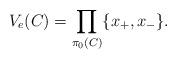
LaTeX: \begin{align*}V_e(C)=\prod_{\pi_0(C)}\{x_+,x_-\}.\end{align*}